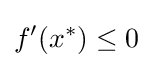
f^{\prime }(x^{\ast })\leq 0